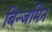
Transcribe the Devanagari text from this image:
बिन्जमिन